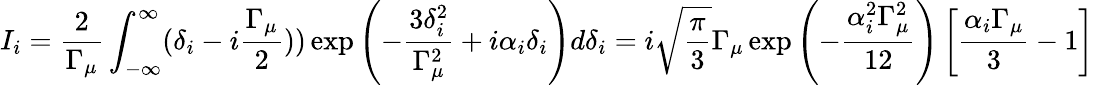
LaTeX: I_{i}=\frac{2}{\Gamma_{\mu}}\int_{-\infty}^{\infty}(\delta_{i}-i\frac{\Gamma_{\mu}}{2}))\exp\left(-\frac{3\delta_{i}^{2}}{\Gamma_{\mu}^{2}}+i\alpha_{i}\delta_{i}\right)d\delta_{i}=i\sqrt{\frac{\pi}{3}}\Gamma_{\mu}\exp\left(-\frac{\alpha_{i}^{2}\Gamma_{\mu}^{2}}{12}\right)\left[\frac{\alpha_{i}\Gamma_{\mu}}{3}-1\right]